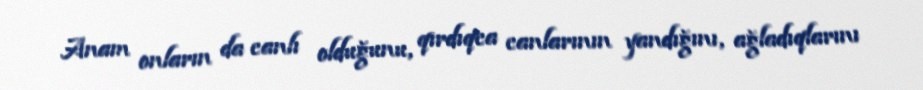
Anam onların da canlı olduğunu, qırdıqca canlarının yandığını, ağladıqlarını